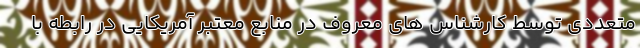
متعددی توسط کارشناس های معروف در منابع معتبر آمریکایی در رابطه با